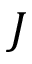
J